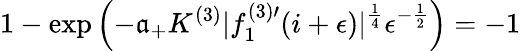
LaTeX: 1-\exp\left(-\mathfrak{a}_{+}K^{(3)}|f_{1}^{(3)\prime}(i+\epsilon)|^{\frac{{1}}{{4}}}\epsilon^{-\frac{{1}}{{2}}}\right)=-1